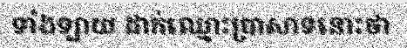
ទាំងឡាយ ដាក់ឈ្មោះប្រាសាទនោះថា